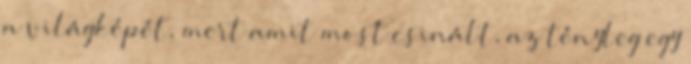
a világképét, mert amit most csinált, az tényleg egy